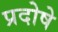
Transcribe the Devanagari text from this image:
प्रदोषे